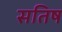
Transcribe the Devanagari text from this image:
सतिष